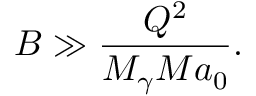
B \gg \frac { Q ^ { 2 } } { M _ { \gamma } M a _ { 0 } } .